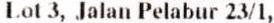
LOT 3, JALAN PELABUR 23/1,